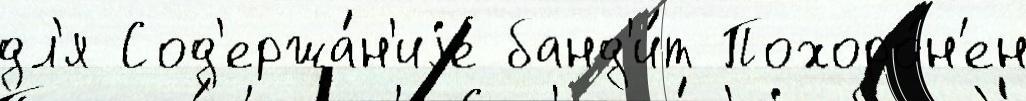
дл'я Сод'ержа́н'иjе банд'и́т Похоро́н'ен